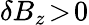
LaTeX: \delta B_{z}\! >\! 0